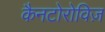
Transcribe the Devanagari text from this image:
कैनटोरोविज़